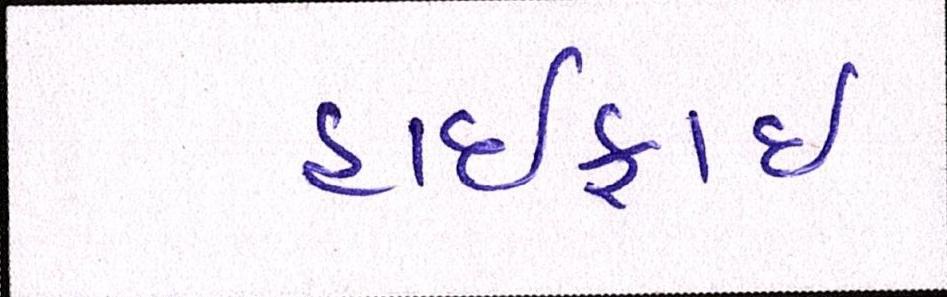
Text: હાઈફાઈ